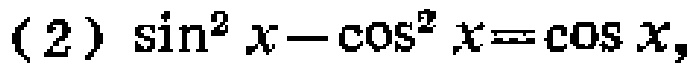
(2) \(\sin^{2}x - \cos^{2}x = \cos x\)